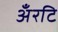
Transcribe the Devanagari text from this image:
अँरटि